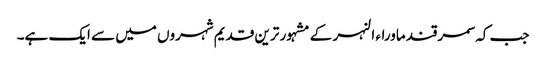
جب کہ سمرقند ماوراء النہر کے مشہور ترین قدیم شہروں میں سے ایک ہے۔